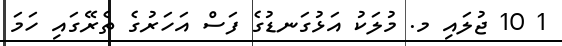
1 10 ޖުލައި މ. މުލަކު އަޅުގަނޑުގެ ފަސް އަހަރުގެ ތެރޭގައި ހަމަ